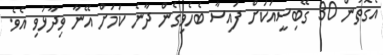
އެގޮތުން 30 ގޭބިސީއަކަށް ފައިސާ ބެހެވިގެން ދާނެ ކަމަށް އޭނާ ވިދާޅުވި އެވެ.